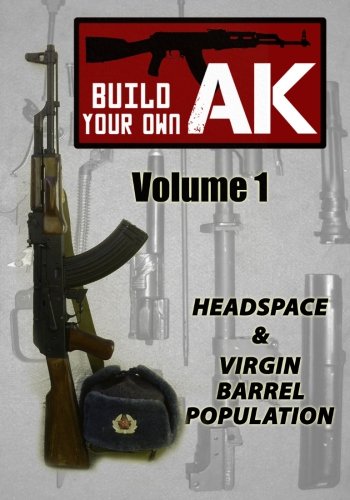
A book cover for Build Your Own AK: Vol. I: Headspace & Virgin Barrel Population (Volume 1); Guy Montag; Sports & Outdoors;